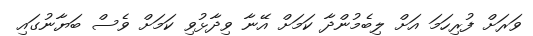
ވަރަށް ފުރިހަމަ އަށް ލިބެމުންދާ ކަމަށް އޭނާ ވިދާޅުވި ކަމަށް ވެސް ބަޔާނުގައި